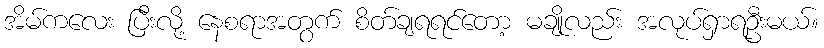
အိမ်ကလေး ပြီးလို့ နေစရာအတွက် စိတ်ချရရင်တော့ မချိုလည်း အလုပ်ရှာရဦးမယ်။